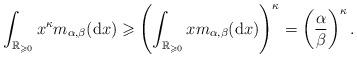
LaTeX: \begin{align*}\int_{\mathbb{R}_{\geqslant0}}x^{\kappa}m_{\alpha,\beta}(\mathrm{d}x)\geqslant\left(\int_{\mathbb{R}_{\geqslant0}}xm_{\alpha,\beta}(\mathrm{d}x)\right)^{\kappa}=\left(\frac{\alpha}{\beta}\right)^{\kappa}.\end{align*}